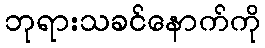
ဘုရားသခင်နောက်ကို